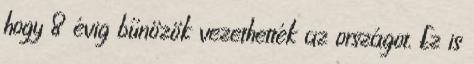
hogy 8 évig bűnözök vezethették az országot. Ez is